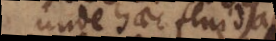
unde haec fluida